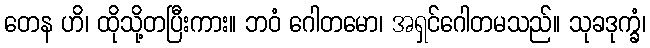
တေန ဟိ၊ ထိုသို့တပြီးကား။ ဘဝံ ဂေါတမော၊ အရှင်ဂေါတမသည်။ သုခဒုက္ခံ၊